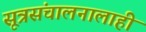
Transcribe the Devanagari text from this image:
सूत्रसंचालनालाही